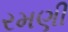
રમણી